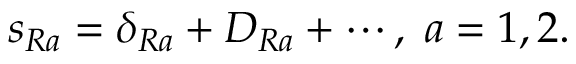
s _ { R a } = \delta _ { R a } + D _ { R a } + \cdots , \; a = 1 , 2 .